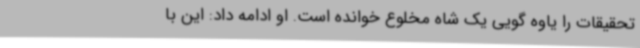
تحقیقات را یاوه گویی یک شاه مخلوع خوانده است. او ادامه داد: این با